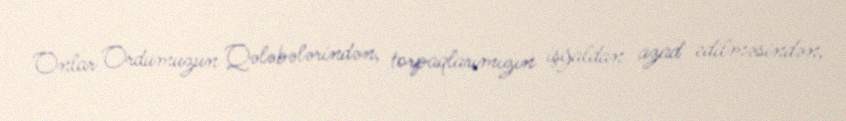
Onlar Ordumuzun Qələbələrindən, torpaqlarımızın işğaldan azad edilməsindən,